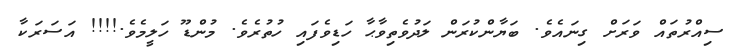
ސިއްރުތައް ވަރަށް ގިނައެވެ. ބަޔާންކުރަން ލަދުވެތިވާޙާ ހަޑިވެފައި ހުތުރެވެ. މުންޑޫ ހަލީމެވެ.!!!! އަސަރަކާ